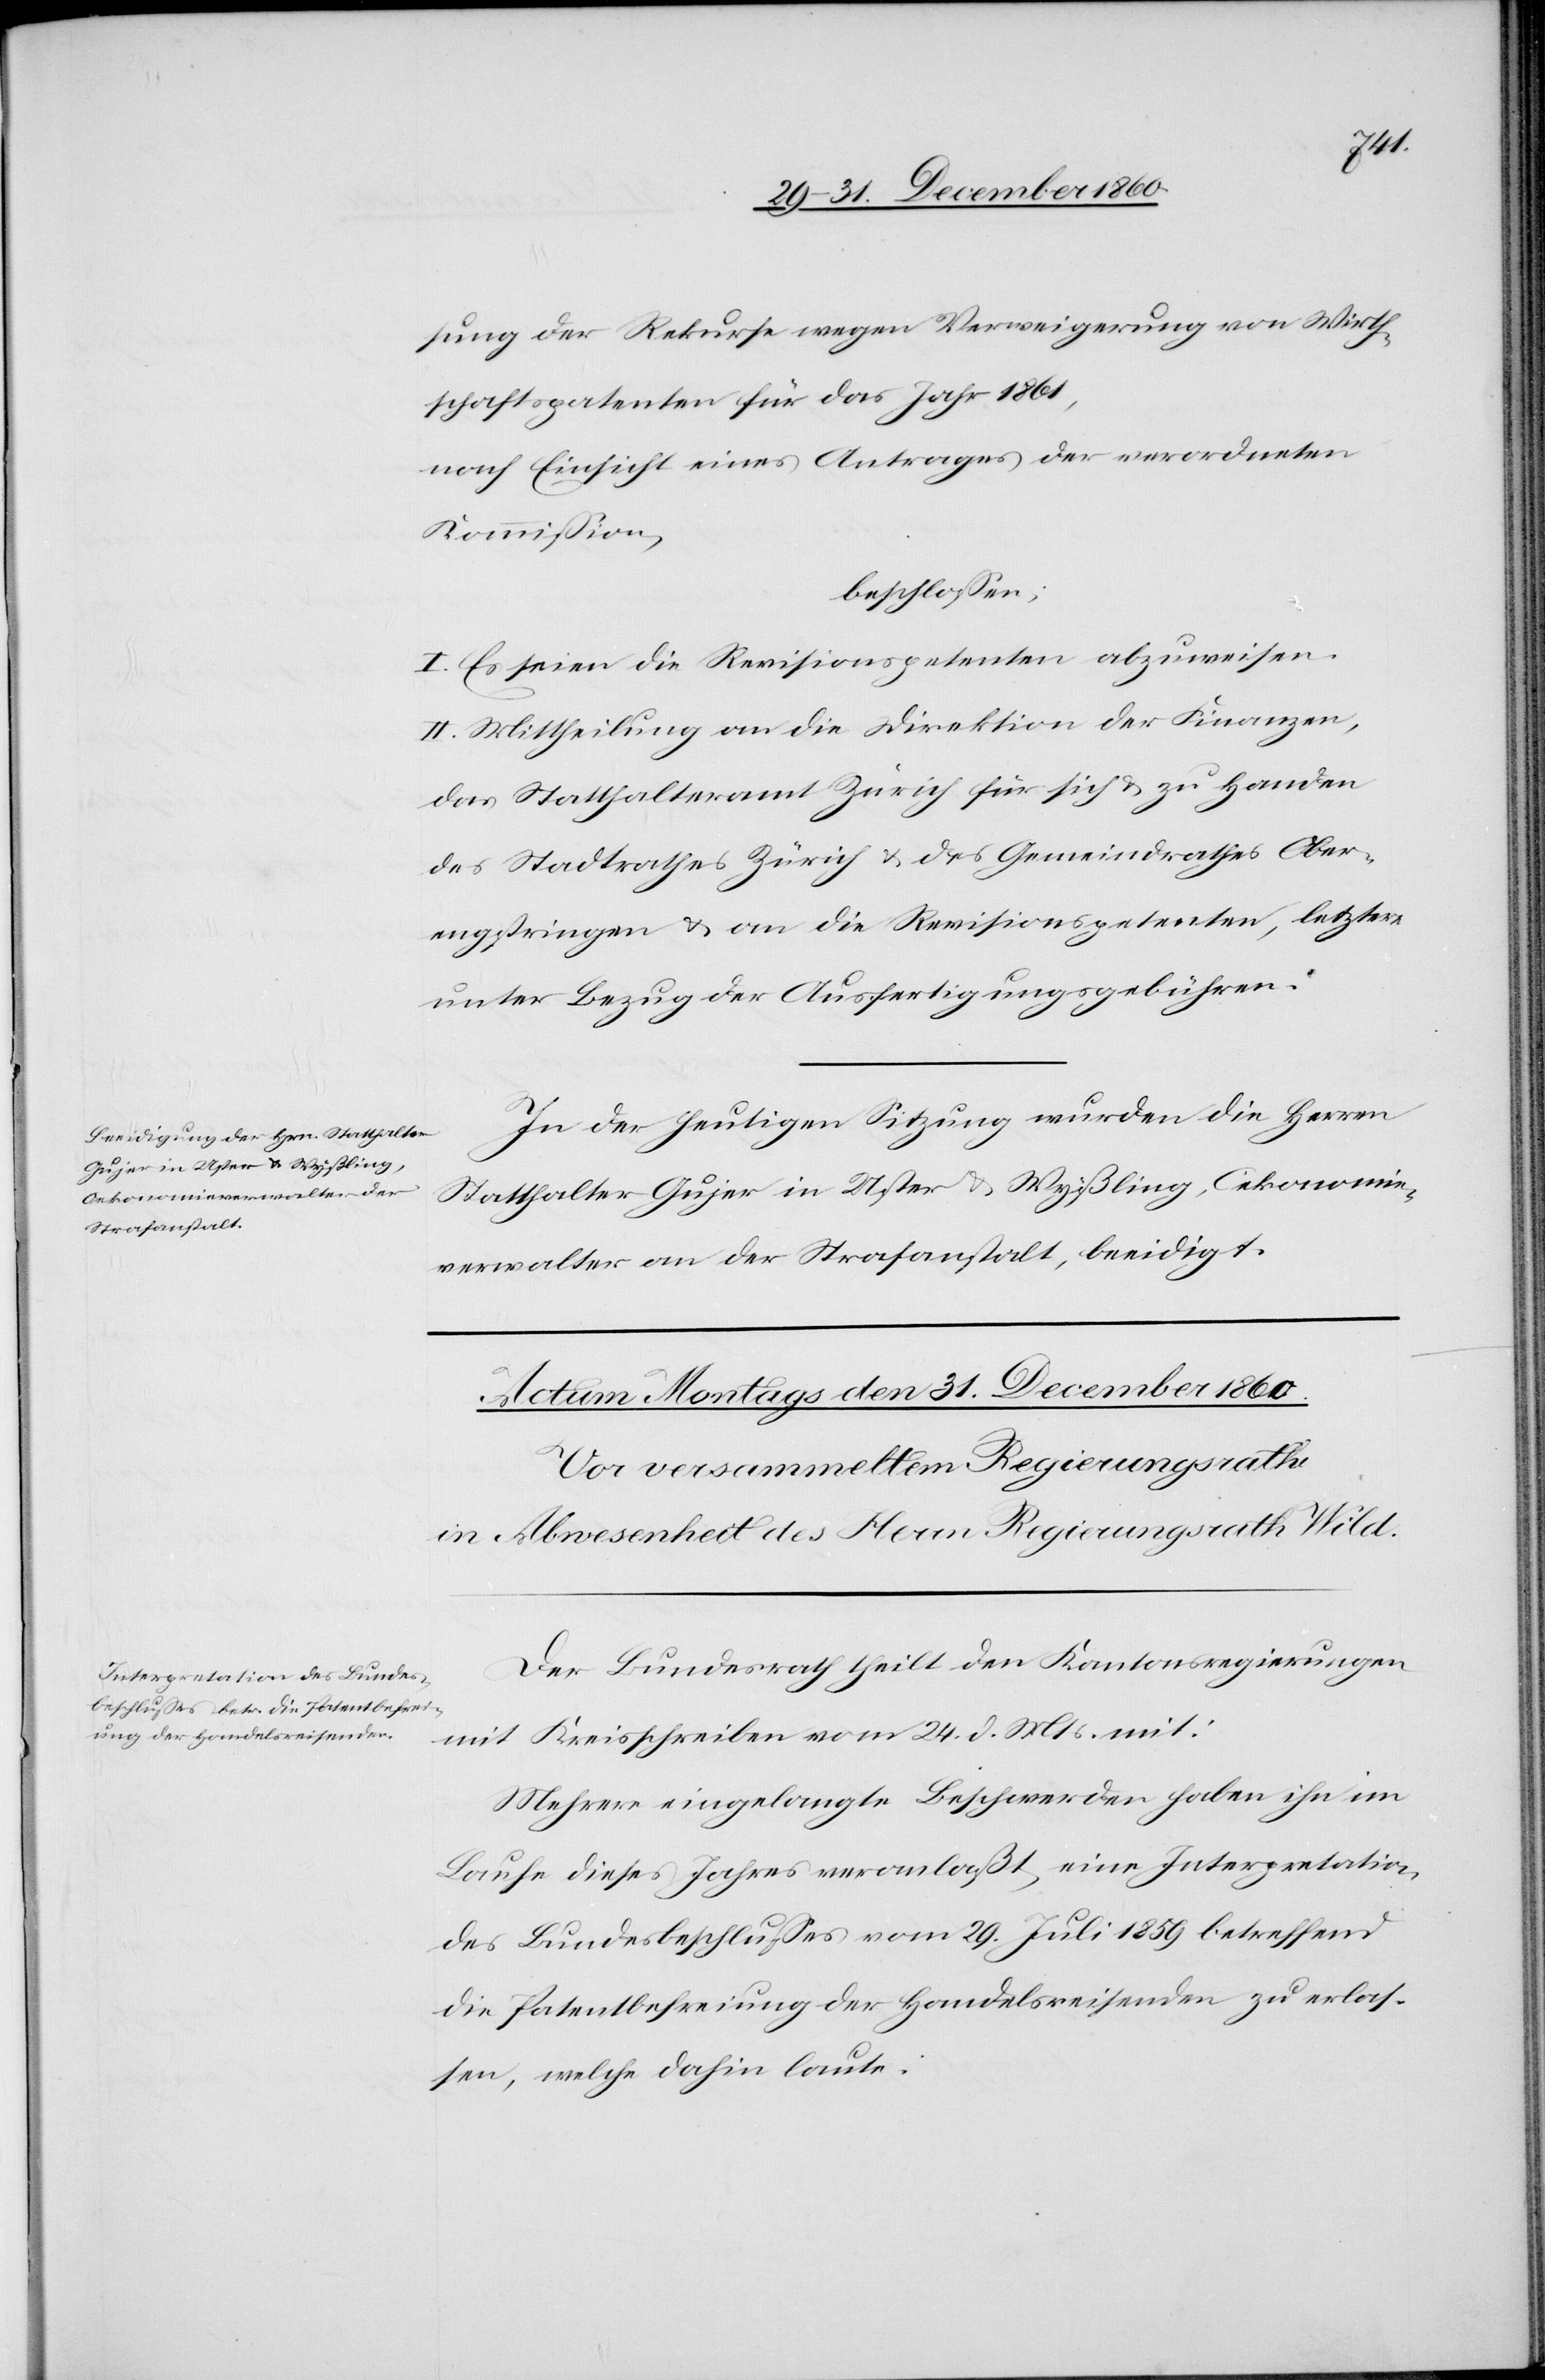
sung der Rekurse wegen Verweigerung von Wirth¬
schaftspatenten für das Jahr 1861,
nach Einsicht eines Antrages der verordneten
Kommission,
beschlossen:
I. Es seien die Revisionspetenten abzuweisen.
II. Mittheilung an die Direktion der Finanzen,
das Statthalteramt Zürich für sich u. zu Handen
des Stadtrathes Zürich u. des Gemeindrathes Ober¬
engstringen u. an die Revisionspetenten, letztere
unter Bezug der Ausfertigungsgebühren.
In der heutigen Sitzung wurden die Herren
Statthalter Gujer in Uster u. Wyßling, Oekonomie¬
verwalter an der Strafanstalt, beeidigt.
Der Bundesrath theilt den Kantonsregierungen
mit Kreisschreiben vom 24. d. Mts. mit:
Mehrere eingelangte Beschwerden haben ihn im
Laufe dieses Jahres veranlaßt, eine Interpretation
des Bundesbeschlusses vom 29. Juli 1859 betreffend
die Patentbefreiung der Handelsreisenden zu erlas¬
sen, welche dahin laute: